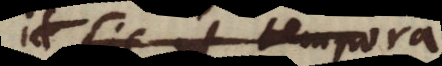
sic ut tempora